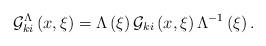
LaTeX: \begin{align*}{\cal G}_{ki}^\Lambda \left( {x,\xi } \right) = \Lambda \left(\xi \right){\cal G}_{ki} \left( {x,\xi } \right)\Lambda ^{ - 1}\left( \xi \right) . \end{align*}